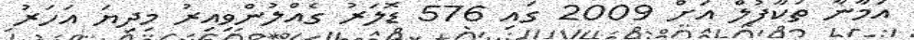
އަމާނާ ތަކާފުލް އަށް 2009 ގައި 576 ޑޮލަރު ގެއްލުންވިއިރު މިދިޔަ އަހަރު